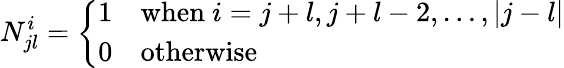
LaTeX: N_{jl}^{i}=\left\{ \begin{array}{ll}{{1}}&{{\mathrm{when}~i=j+l,j+l-2,\ldots,|j-l|}}\\ {{0}}&{{\mathrm{otherwise}}}\end{array}\right.